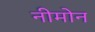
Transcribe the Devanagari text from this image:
नीमोन